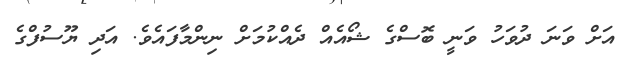
އަށް ވަނަ ދުވަހު ވަނީ ބޮސްގެ ޝޯއެއް ދެއްކުމަށް ނިންމާފައެވެ. އަދި ޔޫސުފްގެ